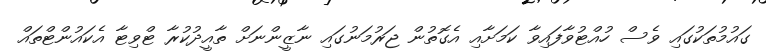
ގައުމުތަކުގައި ވެސް ހުއްޓުވާފައިވާ ކަމަށާއި އެގޮތުން ޖަރުމަނުގައި ނާޒީންނަށް ތާއީދުކުރާ ޓްވިޓާ އެކައުންޓްތައް